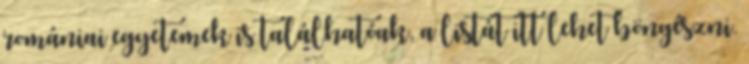
romániai egyetemek is találhatóak, a listát itt lehet böngészni.